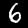
Label: 6